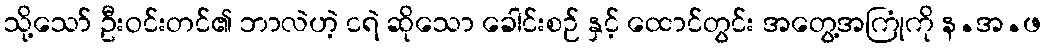
သို့သော် ဦးဝင်းတင်၏ ဘာလဲဟဲ့ ငရဲ ဆိုသော ခေါင်းစဉ် နှင့် ထောင်တွင်း အတွေ့အကြုံကို န.အ.ဖ